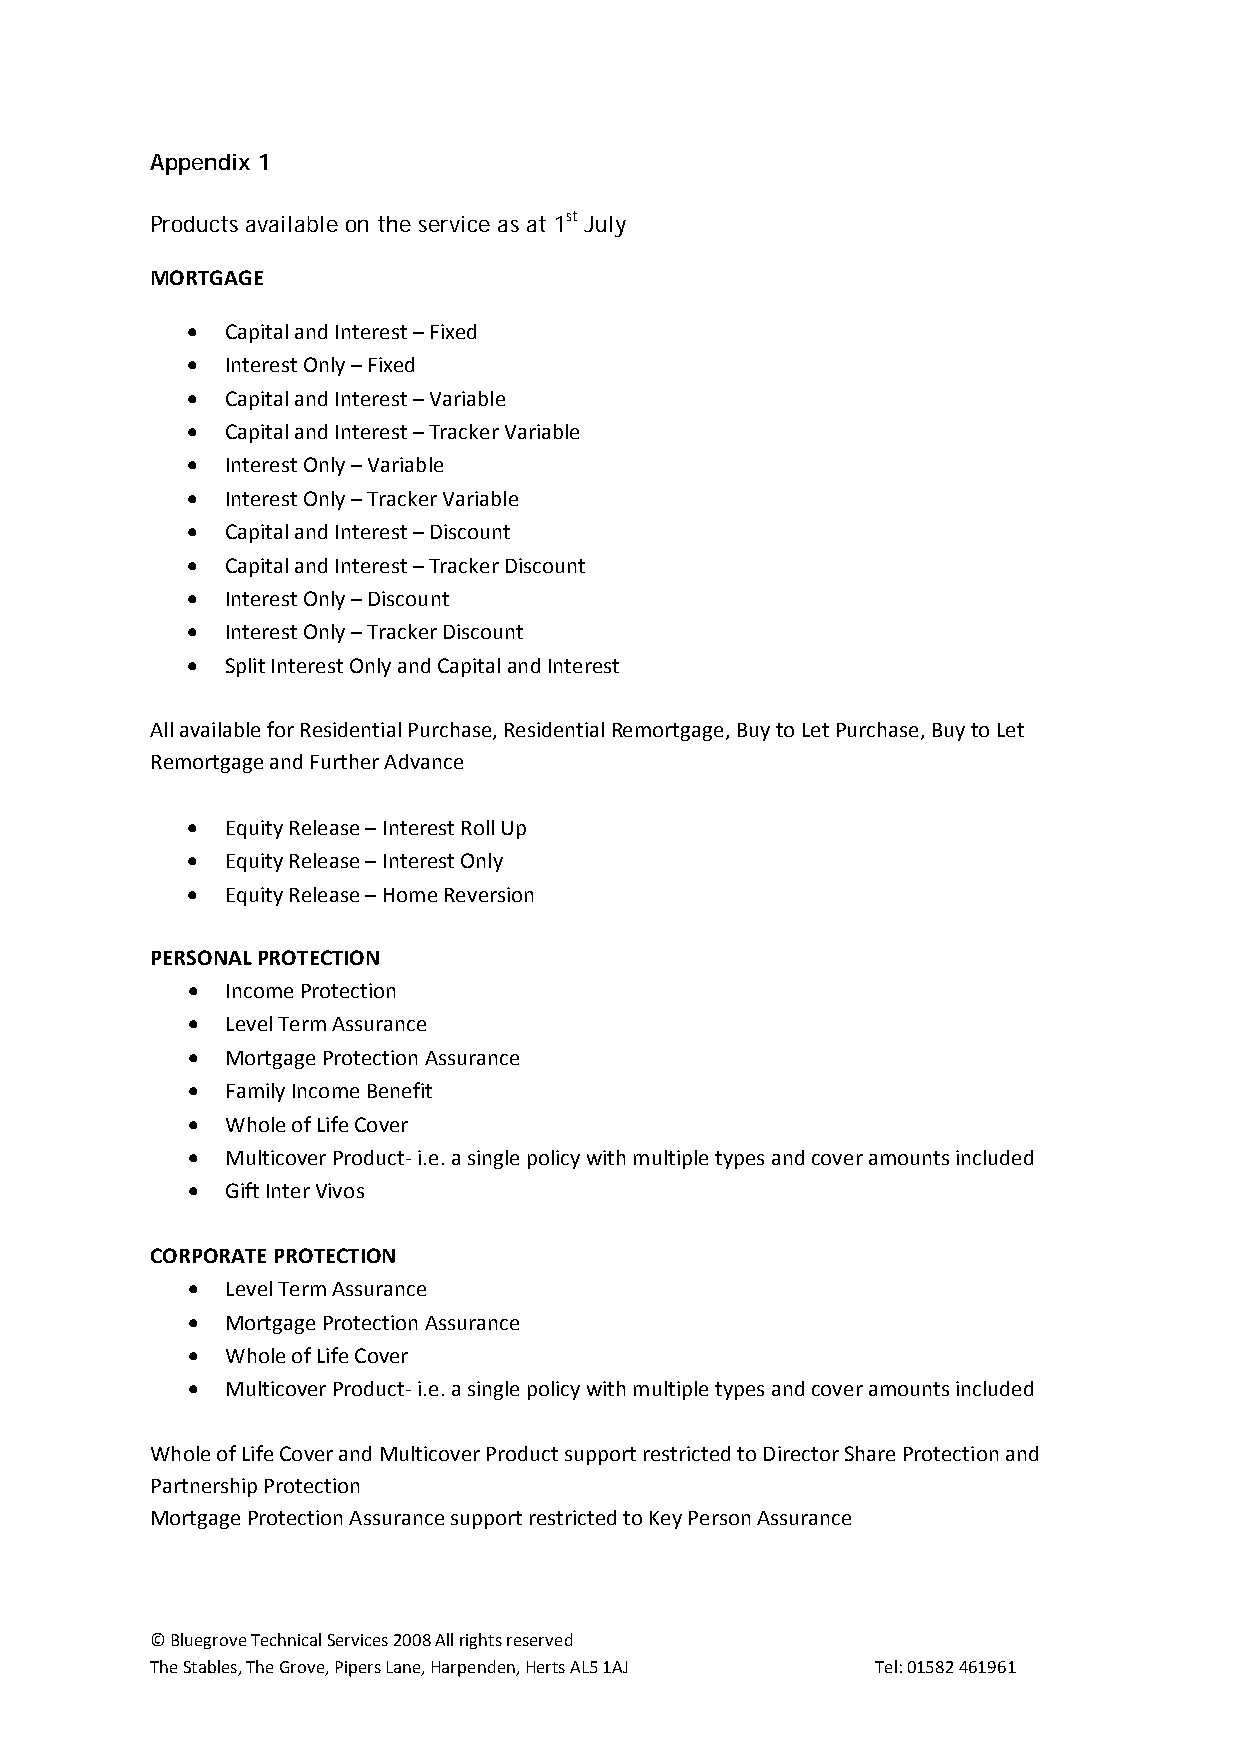
Appendix 1
 Products available on the service as at 1st July
 MORTGAGE
 •  Capital and Interest – Fixed
 •  Interest Only – Fixed
 •  Capital and Interest – Variable
 •  Capital and Interest – Tracker Variable
 •  Interest Only – Variable
 •  Interest Only – Tracker Variable
 •  Capital and Interest – Discount
 •  Capital and Interest – Tracker Discount
 •  Interest Only – Discount
 •  Interest Only – Tracker Discount
 •  Split Interest Only and Capital and Interest
 All available for Residential Purchase, Residential Remortgage, Buy to Let Purchase, Buy to Let
 Remortgage and Further Advance
 •  Equity Release – Interest Roll Up
 •  Equity Release – Interest Only
 •  Equity Release – Home Reversion
 PERSONAL PROTECTION
 •  Income Protection
 •  Level Term Assurance
 •  Mortgage Protection Assurance
 •  Family Income Benefit
 •  Whole of Life Cover
 •  Multicover Product‐ i.e. a single policy with multiple types and cover amounts included
 •  Gift Inter Vivos
 CORPORATE PROTECTION
 •  Level Term Assurance
 •  Mortgage Protection Assurance
 •  Whole of Life Cover
 •  Multicover Product‐ i.e. a single policy with multiple types and cover amounts included
 Whole of Life Cover and Multicover Product support restricted to Director Share Protection and
 Partnership Protection
 Mortgage Protection Assurance support restricted to Key Person Assurance
 © Bluegrove Technical Services 2008 All rights reserved
 The Stables, The Grove, Pipers Lane, Harpenden, Herts AL5 1AJ Tel: 01582 461961